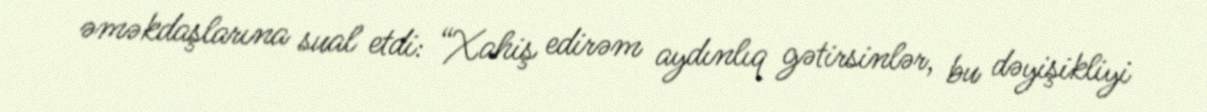
əməkdaşlarına sual etdi: “Xahiş edirəm aydınlıq gətirsinlər, bu dəyişikliyi